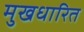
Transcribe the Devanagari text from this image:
मुखधारित